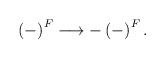
LaTeX: \begin{align*}\left( -\right)^{F} \longrightarrow -\left( -\right)^{F}.\end{align*}